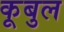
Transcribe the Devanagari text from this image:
कूबुल